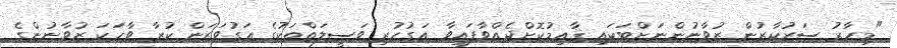
"މިހާރު ސަރުކާރުން ޒުވާނުންނަށްޓަކައި ޤާއިމުކޮށްދެއްވާފައިވާ އަގުހުރި ވަސީލަތްތަކުގެ އަގުވަޒަން ކުރާ ވާހަކަ ޒުވާނުންގެ